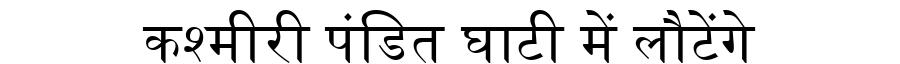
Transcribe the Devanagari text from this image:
कश्मीरी पंडित घाटी में लौटेंगे